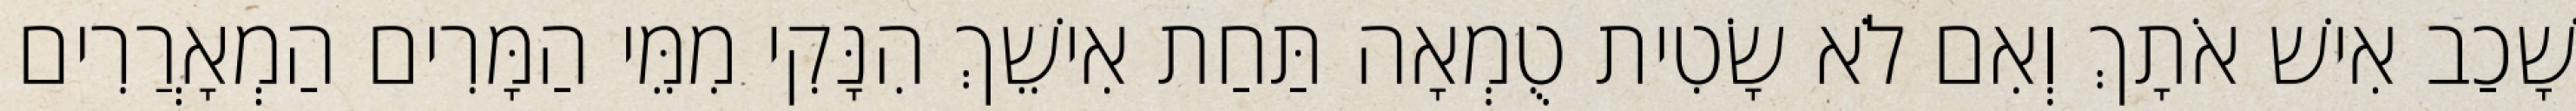
שָׁכַב אִישׁ אֹתָךְ וְאִם לֹא שָׂטִית טֻמְאָה תַּחַת אִישֵׁךְ הִנָּקִי מִמֵּי הַמָּרִים הַמְאָרֲרִים